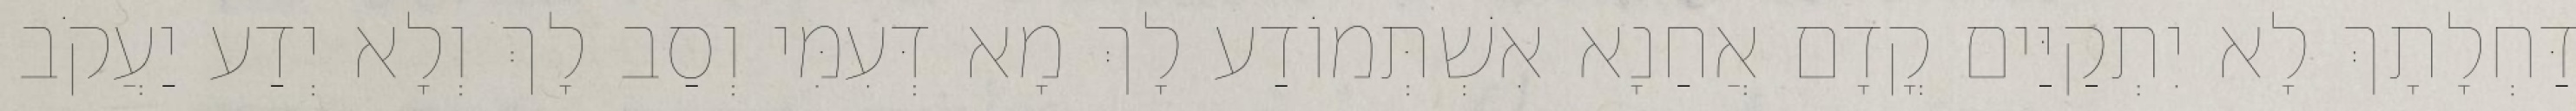
דַּחְלָתָךְ לָא יִתְקַיַּים קֳדָם אֲחַנָא אִשְׁתְּמוֹדַע לָךְ מָא דְּעִמִּי וְסַב לָךְ וְלָא יְדַע יַעֲקֹב